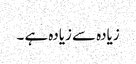
زیادہ سے زیادہ ہے ۔